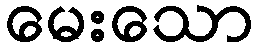
မေးသော